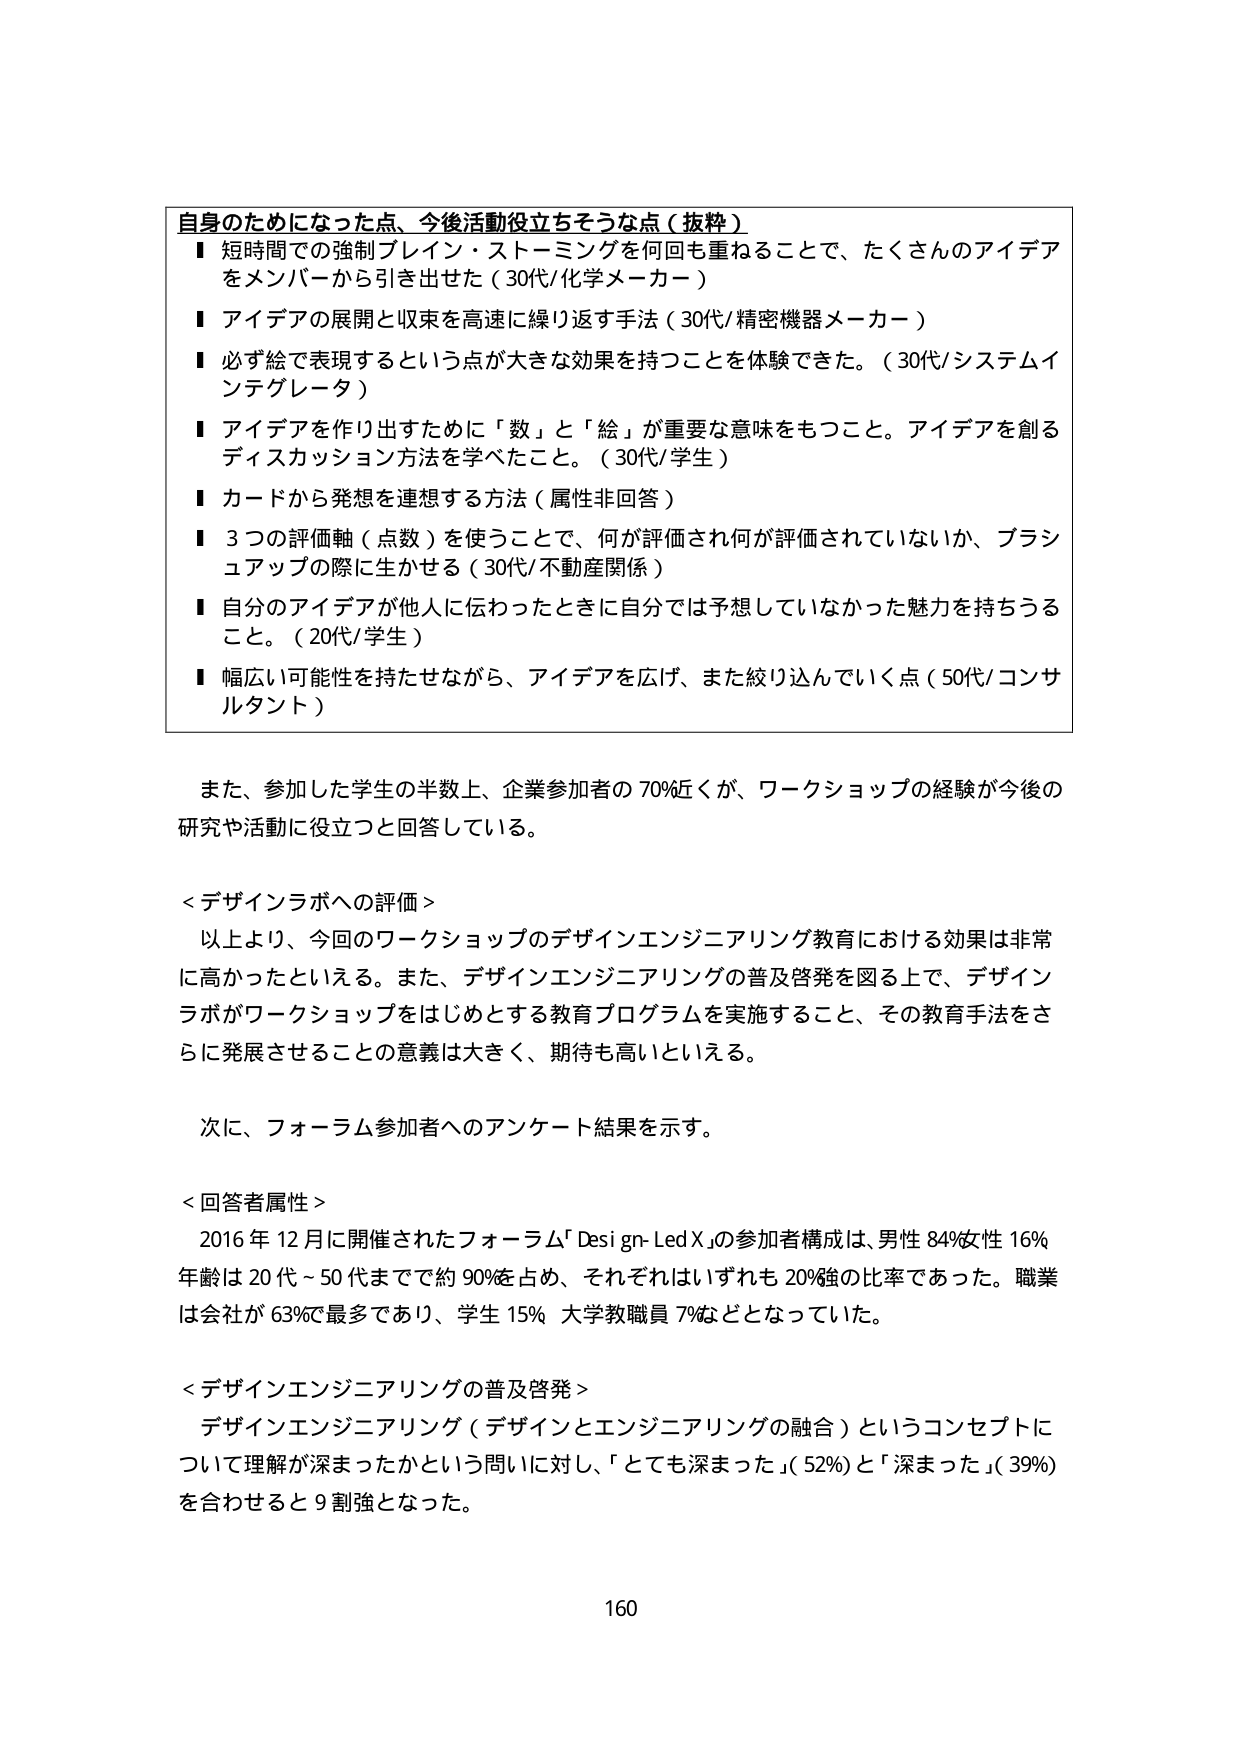
自身のためになった点、今後活動役立つそうな点（抜粋）
■ 短時間での強制ブレイン・ストーミングを何回も重ねることで、たくさんのアイデアをメンバーから引き出せた（30代/化学メーカー）
■ アイデアの展開と収束を高速に繰り返す手法（30代/精密機器メーカー）
■ 必ず絵で表現するという点が大きな効果を持つことを体験できた。（30代/システムインテグレータ）
■ アイデアを作り出すために「数」と「絵」が重要な意味をもつこと。アイデアを創るディスカッション方法を学べたこと。（30代/学生）
■ カードから発想を連想する方法（属性非回答）
■ 3つの評価軸（点数）を使うことで、何が評価され何が評価されていないか、ブラッシュアップの際に生かせる（30代/不動産関係）
■ 自分のアイデアが他人に伝わったときに自分では予想していなかった魅力を持ちうること。（20代/学生）
■ 幅広い可能性を持たせながら、アイデアを広げ、また絞り込んでいく点（50代/コンサルタント）

また、参加した学生の半数上、企業参加者の70%近くが、ワークショップの経験が今後の研究や活動に役立つと回答している。

＜デザインラボへの評価＞
以上より、今回のワークショップのデザインエンジニアリング教育における効果は非常に高かったといえる。また、デザインエンジニアリングの普及啓発を図る上で、デザインラボがワークショップをはじめとする教育プログラムを実施すること、その教育手法をさらに発展させることの意義は大きく、期待も高いといえる。

次に、フォーラム参加者へのアンケート結果を示す。

＜回答者属性＞
2016年12月に開催されたフォーラム「Design-Led X」の参加者構成は、男性84%女性16%、年齢は20代～50代までで約90%を占め、それぞれはいずれも20%強の比率であった。職業は会社が63%で最多であり、学生15%、大学教職員7%などとなっていた。

＜デザインエンジニアリングの普及啓発＞
デザインエンジニアリング（デザインとエンジニアリングの融合）というコンセプトについて理解が深まったかという問いに対し、「とても深まった」（52%）と「深まった」（39%）を合わせると9割強となった。

160